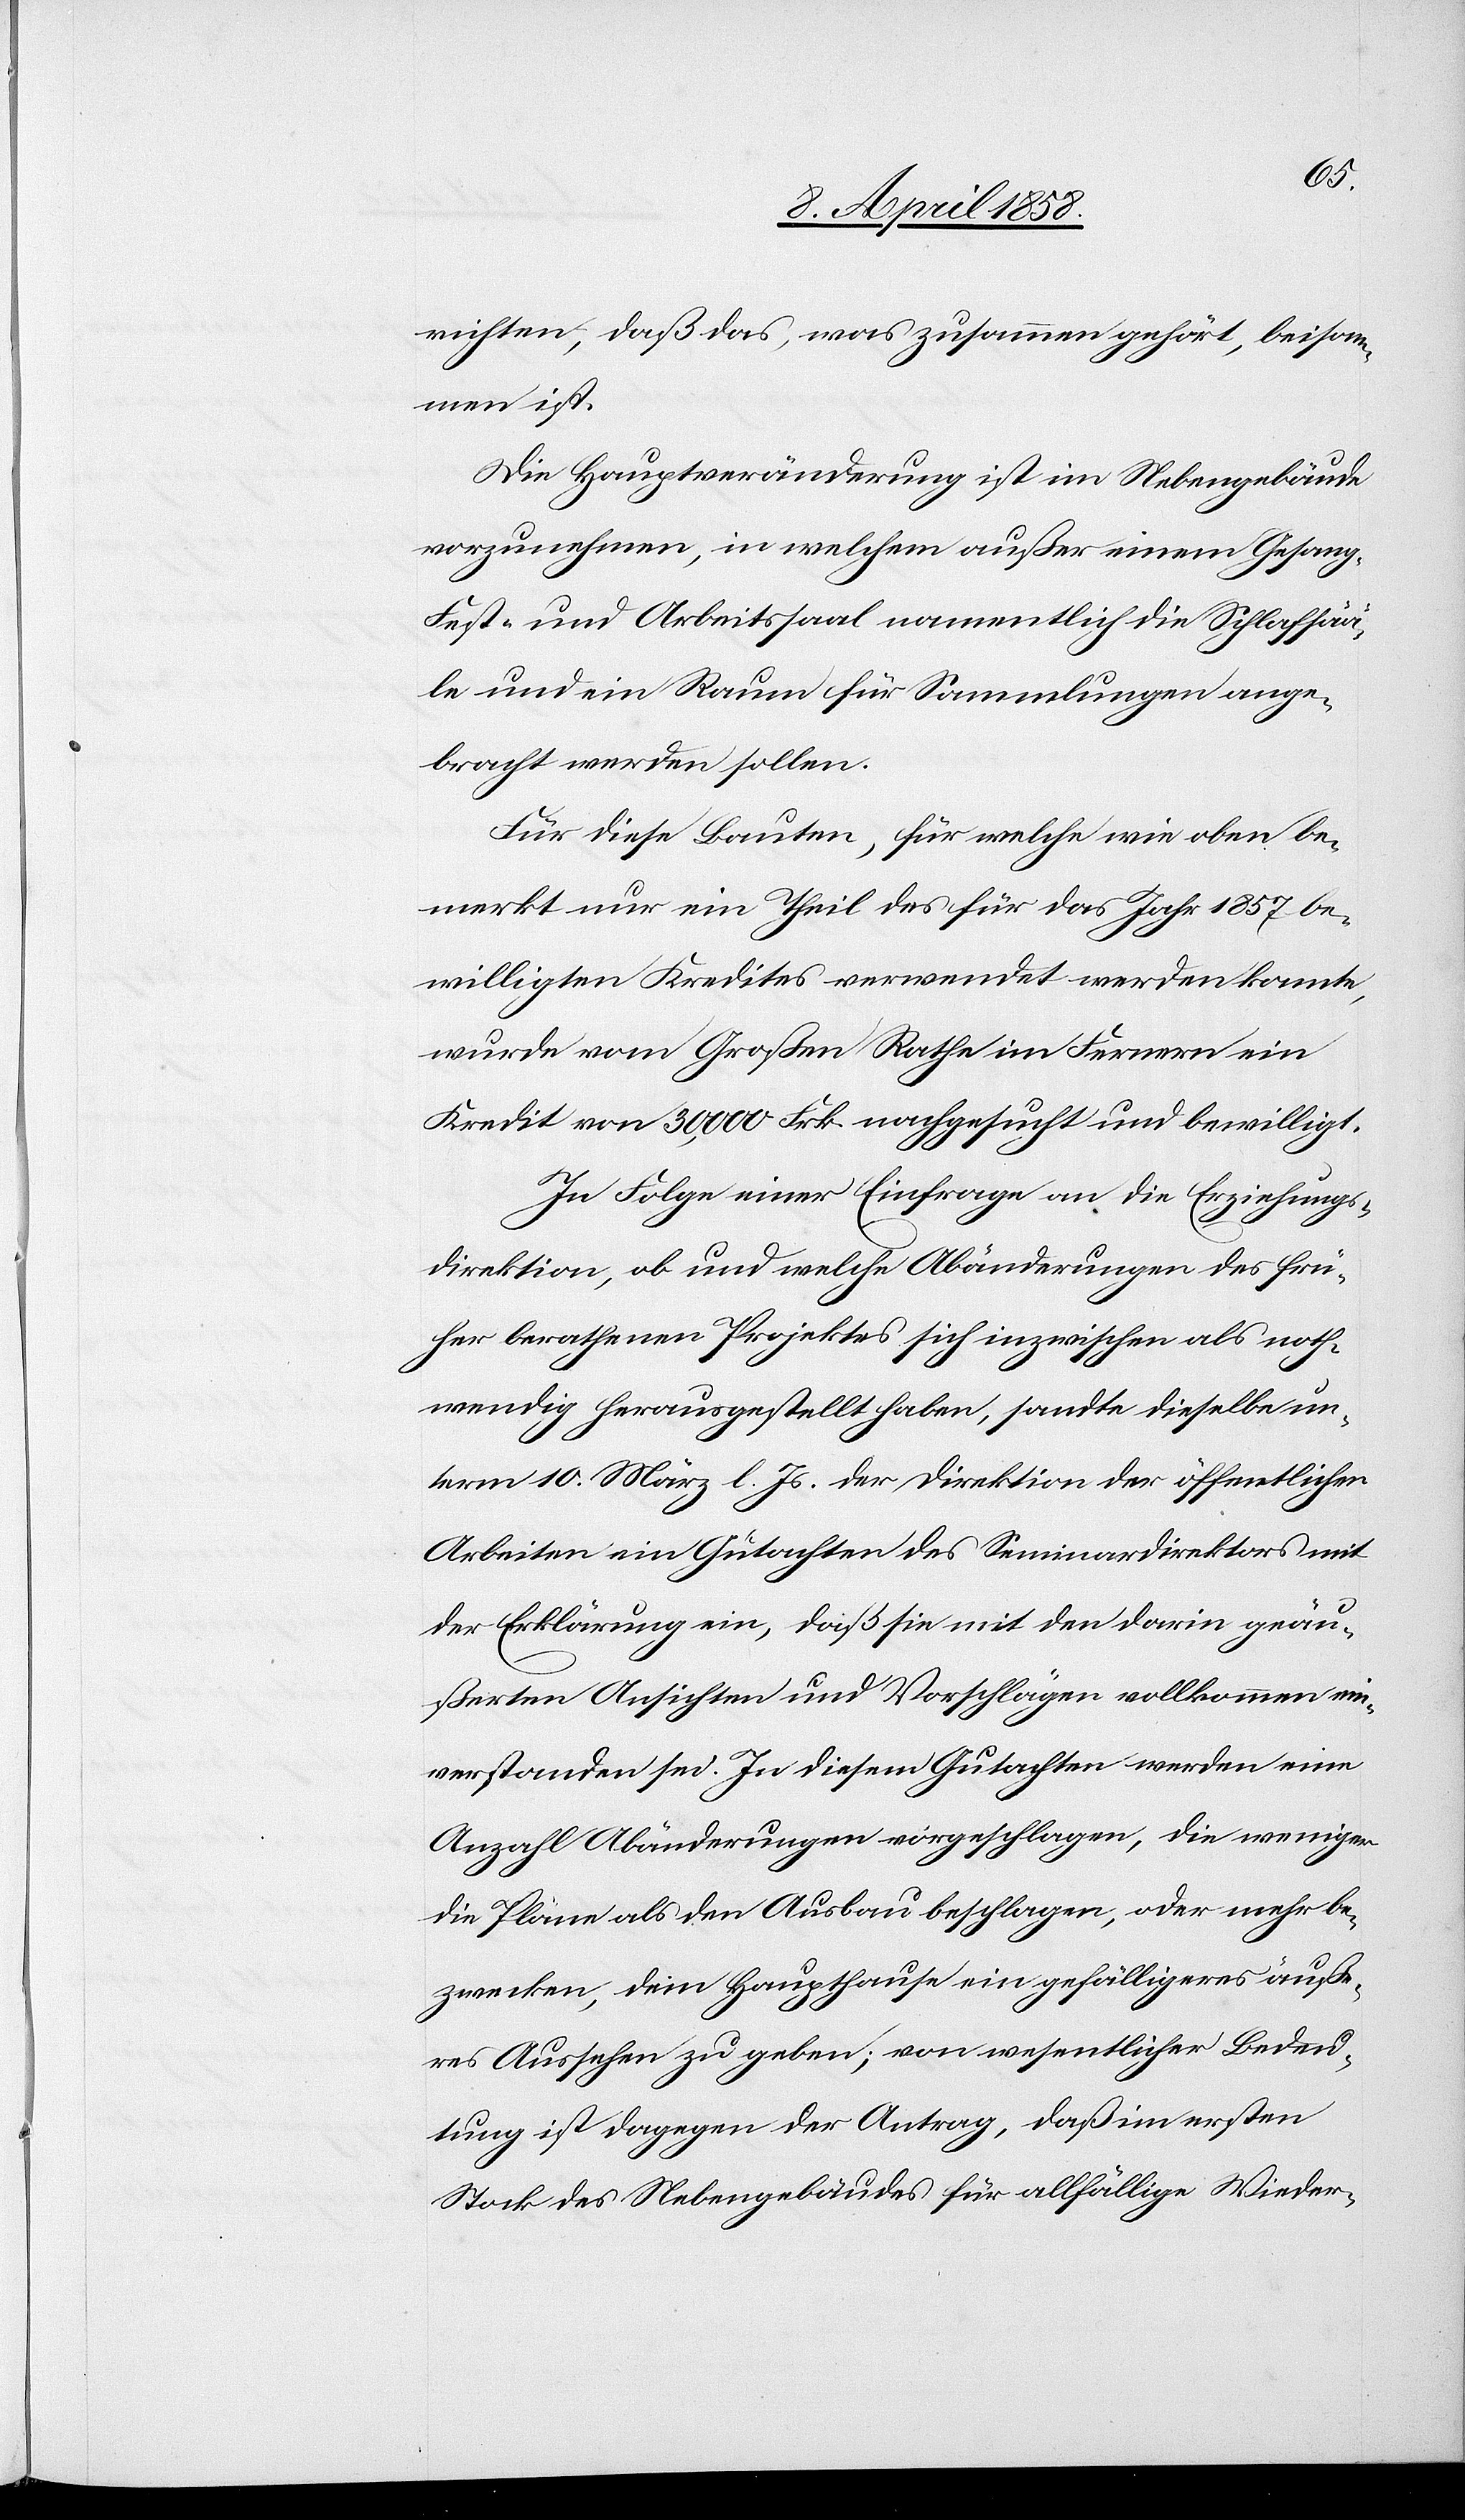
richten, daß das, was zusammen gehört, beisam¬
men ist.
Die Hauptveränderung ist im Nebengebäude
vorzunehmen, in welchem außer einem Gesang-[,]
Fest- und Arbeitssaal namentlich die Schlafsää¬
le und ein Raum für Sammlungen ange¬
bracht werden sollen.
Für diese Bauten, für welche wie oben be¬
merkt nur ein Theil des für das Jahr 1857 be¬
willigten Kredites verwendet werden konnte,
wurde vom Großen Rathe im Fernern ein
Kredit von 30,000 Frk. nachgesucht und bewilligt.
In Folge einer Einfrage an die Erziehungs¬
direktion, ob und welche Abänderungen des frü¬
her berathenen Projektes sich inzwischen als noth¬
wendig herausgestellt habe, sandte dieselbe un¬
term 10. März l. Js. der Direktion der öffentlichen
Arbeiten ein Gutachten des Seminardirektors mit
der Erklärung ein, daß sie mit den darin geäu¬
ßerten Ansichten und Vorschlägen vollkommen ein¬
verstanden sei. In diesem Gutachten werden eine
Anzahl Abänderungen vorgeschlagen, die weniger
die Pläne als den Ausbau beschlagen, oder mehr be¬
zwecken, dem Haupthause ein gefälligeres äuße¬
res Aussehen zu geben; von wesentlicher Bedeu¬
tung ist dagegen der Antrag, daß im ersten
Stock des Nebengebäudes für allfällige Wieder-